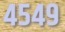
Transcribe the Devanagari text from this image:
४५४९